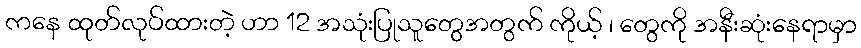
ကနေ ထုတ်လုပ်ထားတဲ့ ဟာ 12 အသုံးပြုသူတွေအတွက် ကိုယ့် ၊ တွေကို အနီးဆုံးနေရာမှာ